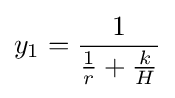
y_{1}={1 \over {1 \over r}+{k \over H}}